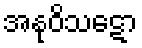
အနုဝိသဋော